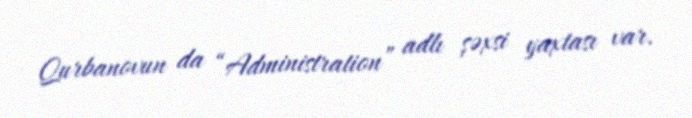
Qurbanovun da “Administration” adlı şəxsi yaxtası var.